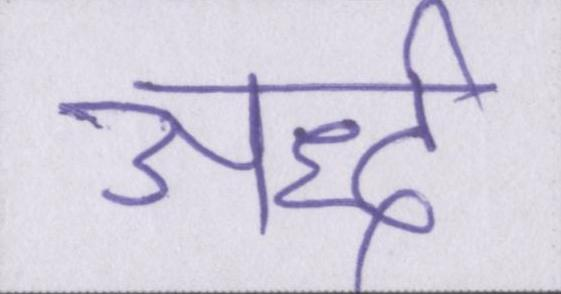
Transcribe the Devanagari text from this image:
अर्द्ध